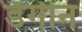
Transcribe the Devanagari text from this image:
डैंगीन